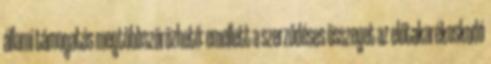
állami támogatás megtöbbszörözhető: emellett a szerződéses összeget az előtakarékoskodó